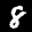
Label: 8